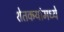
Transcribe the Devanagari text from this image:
शेतकर्‍यांमध्ये